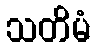
သတိမံ